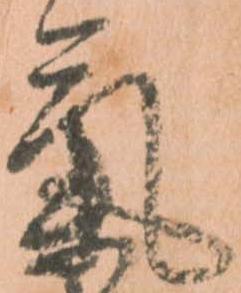
氣